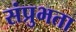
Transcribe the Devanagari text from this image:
संप्रुभता